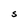
Character: S